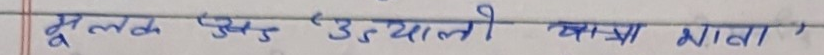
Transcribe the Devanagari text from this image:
मूलक एउटा 'उत्त्यालो चाखा माता'